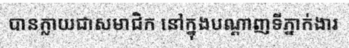
បានក្លាយជាសមាជិក នៅក្នុងបណ្តាញទីភ្នាក់ងារ